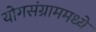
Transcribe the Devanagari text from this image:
योगसंग्राममध्ये